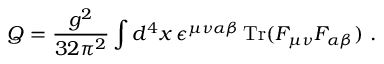
Q = \frac { g ^ { 2 } } { 3 2 \pi ^ { 2 } } \int d ^ { 4 } x \, \epsilon ^ { \mu \nu \alpha \beta } \, \mathrm { T r } ( F _ { \mu \nu } F _ { \alpha \beta } ) \ .